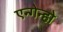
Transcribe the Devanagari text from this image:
एन्गेन्हो